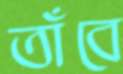
তাঁবে